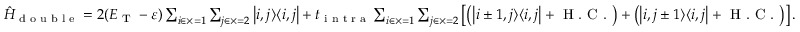
\begin{array} { r } { \hat { H } _ { \textrm { d o u b l e } } = 2 ( E _ { \textrm { T } } - \varepsilon ) \sum _ { i \in \times = 1 } \sum _ { j \in \times = 2 } \left| i , j \rangle \langle i , j \right| + t _ { \textrm { i n t r a } } \sum _ { i \in \times = 1 } \sum _ { j \in \times = 2 } \left[ \left( \left| i \pm 1 , j \rangle \langle i , j \right| + \textrm { H . C . } \right) + \left( \left| i , j \pm 1 \rangle \langle i , j \right| + \textrm { H . C . } \right) \right] . } \end{array}